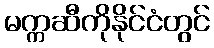
မက္ကဆီကိုနိုင်ငံတွင်